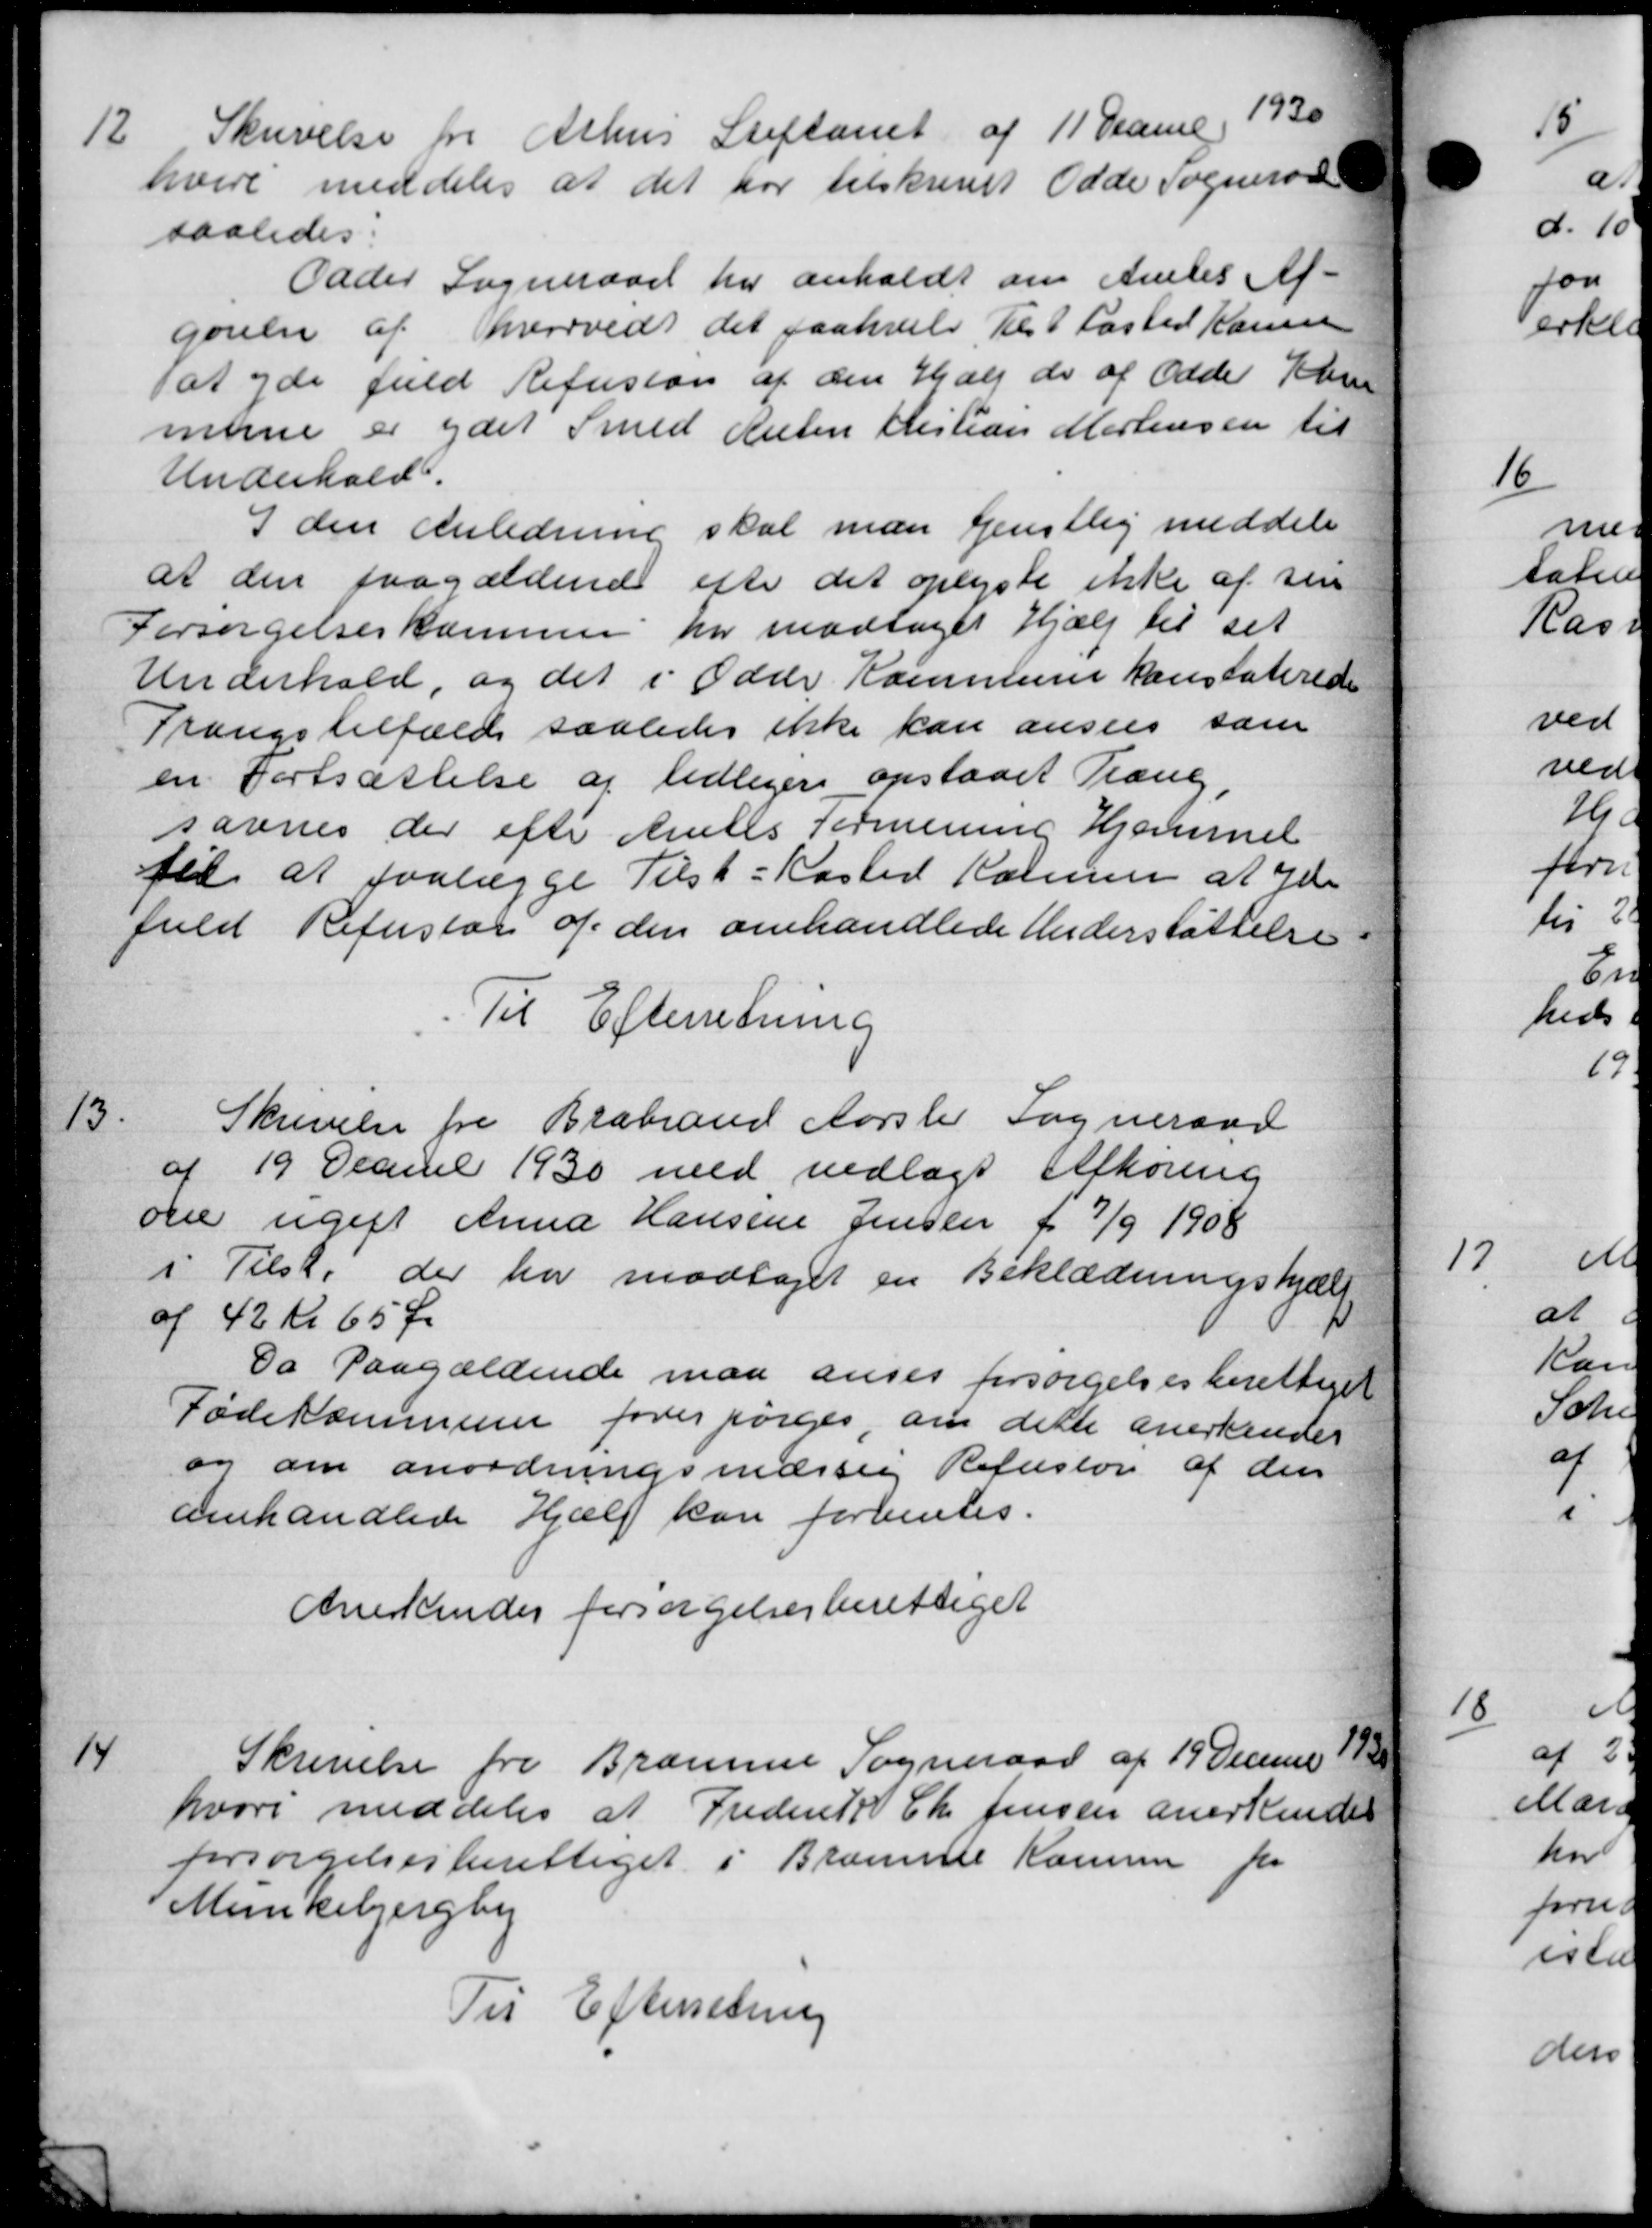
Transskription:
12
Skrivelse fra Århus Stiftamt af 11 Dame 19
hvere meddeles at det har tilskrevet Odde Sogneraad
saaledes:
Odder Sogneraad har anholdt om Amtes Af-
gørelse af hvorvidt det paahvile Kl 1 Fasted Kassen
at yde fuld Refusion af den Hjælp do af Odder Kbm
mune er ydet Smed Anten Kristian Mortensen til
Underhold.
I den Anledning skal man Genstlig meddele
at den paagældende efter det oplyste ikke af sin
Forsørgelseskommen har modtaget Hjælp til sit
Underhold, og det i Odens Kommune konstaterede
Trangstilfælde saaledes ikke kan ansees som
en Fortsættelse af tidligere opstaaet Træng
savnes der efter Amtes Formening Hjemmet
til at paalægge Tilst-Kasted Komme at yde
fuld Refustor af den omhandlede Understøttelse
Til Efterretning
13
Skrivelse fra Brabrand Aarslev Sogneraad
af 19 Decb 1930 med vedlagt Afhøring
om ugift Anna Hansine Jensen f. 7/9 1908
i Tilst. der har modtaget en Beklædningshjælp
af 42 kr 65 Øre
Da Paagældende maa anses forsørgelsesberettiget
Fødekommune forespørges, om dette anerkendes
og om anordningsmæssig Refustor af den
omhandlede Hjælp kan formentes.
Anerkendes forsørgelsesberettiget
14
Skrivelse fra Bramme Sogneraad af 19 Decemb 1930
hvori meddeles at Frederik Chr Jensen anerkendes
forsørgelsesberettiget i Bramme Komme for
Munkebjergby
Til Efterretning